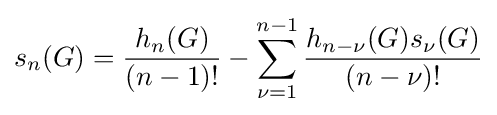
s_{n}(G)={\frac {h_{n}(G)}{(n-1)!}}-\sum _{\nu =1}^{n-1}{\frac {h_{n-\nu }(G)s_{\nu }(G)}{(n-\nu )!}}